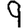
Digit: 9